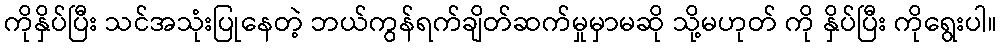
ကိုနှိပ်ပြီး သင်အသုံးပြုနေတဲ့ ဘယ်ကွန်ရက်ချိတ်ဆက်မှုမှာမဆို သို့မဟုတ် ကို နှိပ်ပြီး ကိုရွေးပါ။